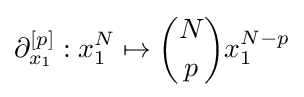
\partial _{x_{1}}^{[p]}:x_{1}^{N}\mapsto {N \choose p}x_{1}^{N-p}